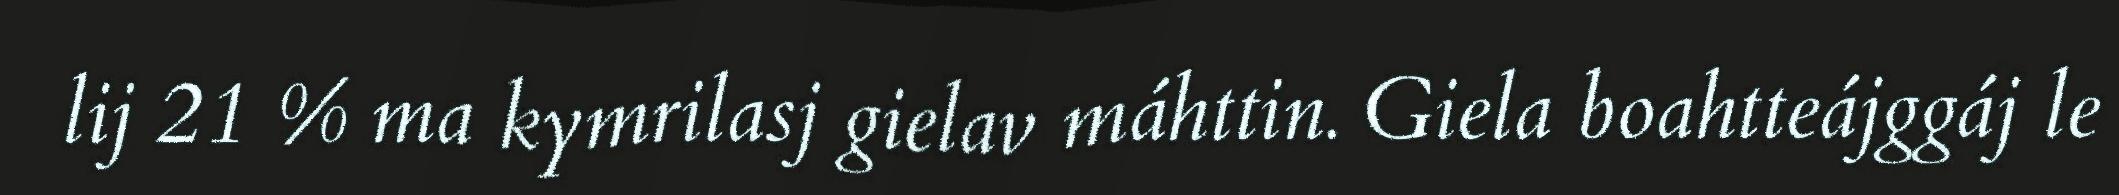
lij 21 % ma kymrilasj gielav máhttin. Giela boahtteájggáj le